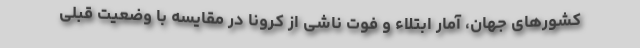
کشورهای جهان، آمار ابتلاء و فوت ناشی از کرونا در مقایسه با وضعیت قبلی